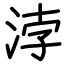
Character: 浡